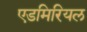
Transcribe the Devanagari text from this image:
एडमिरियल